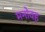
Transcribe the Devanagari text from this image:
मनोवह